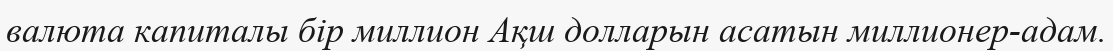
валюта капиталы бiр миллион Ақш долларын асатын миллионер-адам.